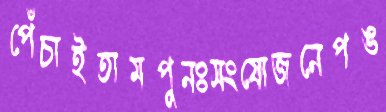
পেঁচাইতামপুনঃসংযোজনেপঙ